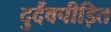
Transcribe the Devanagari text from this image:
दुर्दैवपीड़ित